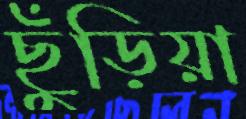
ছুঁড়িয়া